Annual report of the Imperial Bacteriologist
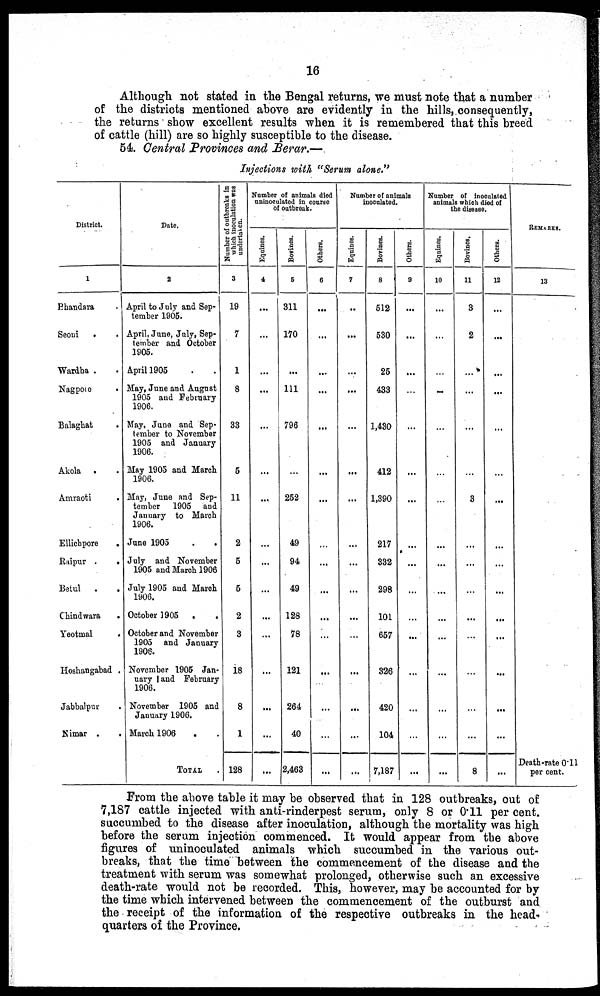
16
Although not stated in the Bengal returns, we must note that a number
of the districts mentioned above are evidently in the hills, consequently,
the returns show excellent results when it is remembered that this breed
of cattle (hill) are so highly susceptible to the disease.
54. Central Provinces and Berar.—
Injections with "Serum alone."
District.
1
Bhandara
Seoni
.
Wardha .
Nagpore
Balaghat
.
Akola .
Amraoti
.
Ellichpore
.
Raipur .
.
Betul .
Chindwara
.
Yeotmal
...
Hoshangabad .
Jabbalpur
Nimar .
Date.
2
April to July and Sep-
tember 1905.
April, June, July, Sep-
tember and October
1905.
April 1905
May, June and August
1905 and February
1906.
May, June and Sep-
tember to November
1905 and January
1906.
May 1905 and March
1906.
May, June and Sep-
tember 1905 and
January to March
1906.
June 1905
.
.
July and November
1905 and March 1906
July 1905 and March
1906.
October 1905 .
.
October and November
1905 and January
1906.
November 1905 Jan-
uary and February
1906.
November 1905 and
January 1906.
March 1906
.
TOTAL
Number of outbreaks in
which inoculation was
undertaken.
3
19
7
1
8
33
5
11
2
5
5
2
3
18
8
1
128
Number of animals died
uninoculated in course
of outbreak.
Equines.
4
...
...
...
...
...
...
...
...
...
...
...
...
...
...
...
...
Bovines.
5
311
170
...
111
796
...
252
49
94
49
128
78
121
264
40
2,463
Others.
6
....
...
...
...
...
...
...
...
...
...
...
...
...
...
...
...
Number of animals
inoculated.
Equines.
7
...
...
...
...
...
...
...
...
...
...
...
...
...
...
...
...
Bovines.
8
512
530
25
433
1,430
412
1,390
217
332
298
101
657
326
420
104
7,187
Others.
9
...
...
...
...
...
...
...
...
...
...
...
...
...
...
...
...
Number of inoculated
animals which died of
the disease.
Equines.
10
...
...
...
...
...
...
...
...
...
...
...
...
...
...
...
Bovines,
11
3
2
...
...
...
...
3
...
...
...
...
...
...
...
...
8
Others.
12
...
...
...
...
...
...
....
...
...
...
...
....
...
...
...
...
REMARKS.
13
Death-rate 0.11
per cent.
From the above table it may be observed that in 128 outbreaks, out of
7,187 cattle injected with anti-rinderpest serum, only 8 or 0.11 per cent.
succumbed to the disease after inoculation, although the mortality was high
before the serum injection commenced. It would appear from the above
figures of uninoculated animals which succumbed in the various out-
breaks, that the time between the commencement of the disease and the
treatment with serum was somewhat prolonged, otherwise such an excessive
death-rate would not be recorded. This, however, may be accounted for by
the time which intervened between the commencement of the outburst and
the receipt of the information of the respective outbreaks in the head-
quarters of the Province.